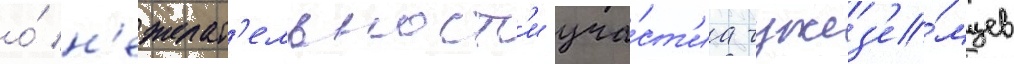
о́ н'ежелат'ельност'и уча́ст'иа чужез'е́мцев